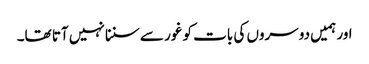
اور ہمیں دوسروں کی بات کو غور سے سننا نہیں آتا تھا۔